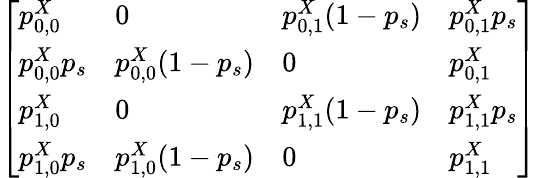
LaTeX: \left[\begin{array}{llll}{p_{0,0}^{X}}&{0}&{p_{0,1}^{X}(1-p_{s})}&{p_{0,1}^{X}p_{s}}\\ {p_{0,0}^{X}p_{s}}&{p_{0,0}^{X}(1-p_{s})}&{0}&{p_{0,1}^{X}}\\ {p_{1,0}^{X}}&{0}&{p_{1,1}^{X}(1-p_{s})}&{p_{1,1}^{X}p_{s}}\\ {p_{1,0}^{X}p_{s}}&{p_{1,0}^{X}(1-p_{s})}&{0}&{p_{1,1}^{X}}\end{array}\right]